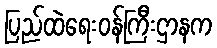
ပြည်ထဲရေးဝန်ကြီးဌာနက